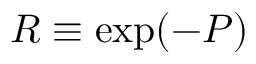
R \equiv \exp ( - P )